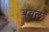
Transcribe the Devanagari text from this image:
बचल